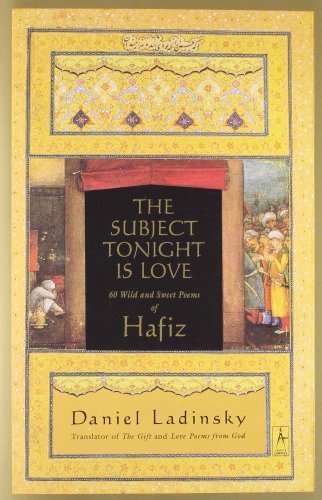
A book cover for The Subject Tonight Is Love: 60 Wild and Sweet Poems of Hafiz (Compass); Hafiz; Literature & Fiction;